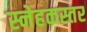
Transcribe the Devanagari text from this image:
स्नेहकस्तर